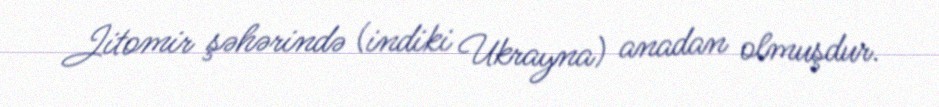
Jitomir şəhərində (indiki Ukrayna) anadan olmuşdur.